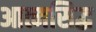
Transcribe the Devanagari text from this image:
आत्मसिद्ध